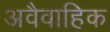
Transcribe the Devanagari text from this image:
अवैवाहिक